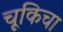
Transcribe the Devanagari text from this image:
चूकिचा